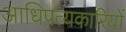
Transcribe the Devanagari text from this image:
आधिपत्यकारियों